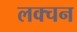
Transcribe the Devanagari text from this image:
लक्चन